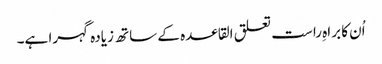
اُن کا براہِ راست تعلق القاعدہ کے ساتھ زیادہ گہرا ہے۔